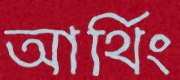
আর্থিং